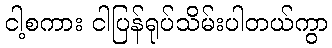
ငါ့စကား ငါပြန်ရုပ်သိမ်းပါတယ်ကွာ